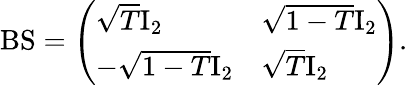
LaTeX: \mathrm{BS}=\left(\begin{array}{ll}{\sqrt{T}\mathrm{I}_{2}}&{\sqrt{1-T}\mathrm{I}_{2}}\\ {-\sqrt{1-T}\mathrm{I}_{2}}&{\sqrt{T}\mathrm{I}_{2}}\end{array}\right).